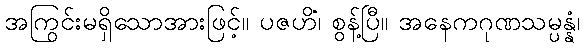
အကြွင်းမရှိသောအားဖြင့်။ ပဇဟိံ၊ စွန့်ပြီ။ အနေကဂုဏသမ္ပန္နံ၊